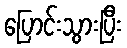
ပြောင်းသွားပြီး